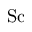
\mathrm { S c }